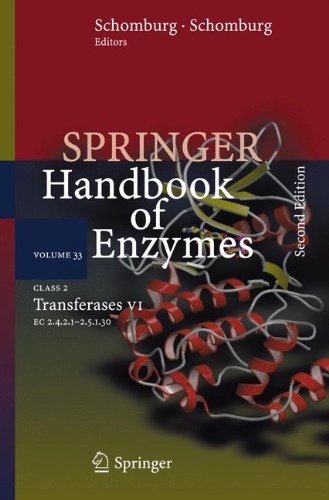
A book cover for Class 2  Transferases VI: 2.4.2.1 - 2.5.1.30 (Springer Handbook of Enzymes); Medical Books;